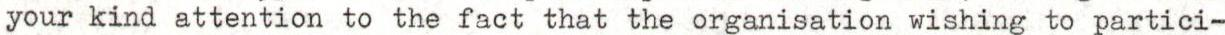
your kind attention to the fact that the organisation wishing to partici-